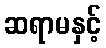
ဆရာမနှင့်